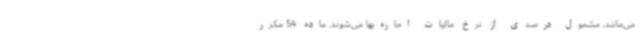
می‌مانند، مشمول درصدی از نرخ مالیات اجاره‌بها می‌شوند. ماده 54 مکرر